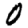
Digit: 0